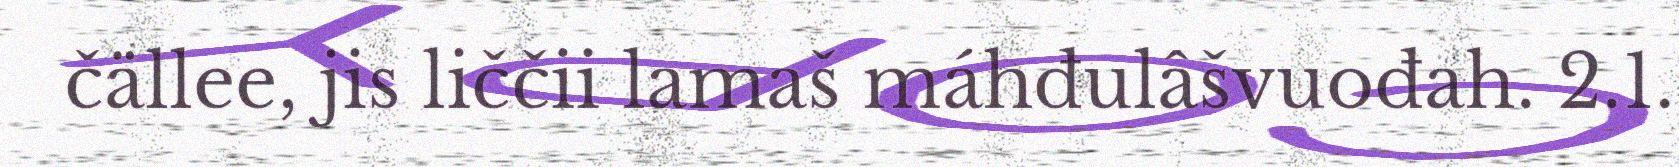
čällee, jis liččii lamaš máhđulâšvuođah. 2.1.